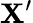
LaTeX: \mathbf{X}^{\prime}